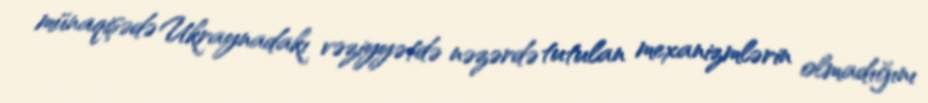
münaqişədə Ukraynadakı vəziyyətdə nəzərdə tutulan mexanizmlərin olmadığını